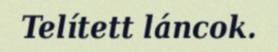
Telített láncok.